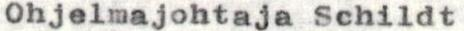
Ohjelmajohtaja Schildt